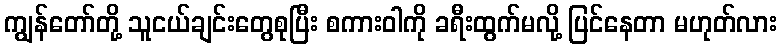
ကျွန်တော်တို့ သူငယ်ချင်းတွေစုပြီး စကားဝါကို ခရီးထွက်မလို့ ပြင်နေတာ မဟုတ်လား